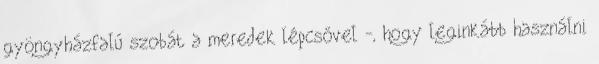
gyöngyházfalú szobát a meredek lépcsővel -, hogy leginkább használni